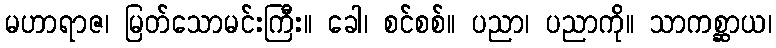
မဟာရာဇ၊ မြတ်သောမင်းကြီး။ ခေါ၊ စင်စစ်။ ပညာ၊ ပညာကို။ သာကစ္ဆာယ၊